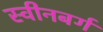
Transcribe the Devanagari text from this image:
स्वीनबर्ग